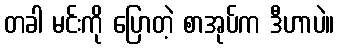
တခါ မင်းကို ပြောတဲ့ စာအုပ်က ဒီဟာပဲ။